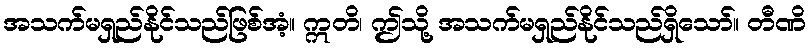
အသက်မရှည်နိုင်သည်ဖြစ်အံ့။ ဣတိ၊ ဤသို့ အသက်မရှည်နိုင်သည်ရှိသော်။ တီဏိ